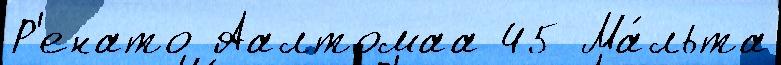
Р'енато Аалтомаа 45 Ма́льта